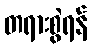
တရားစွဲရန်